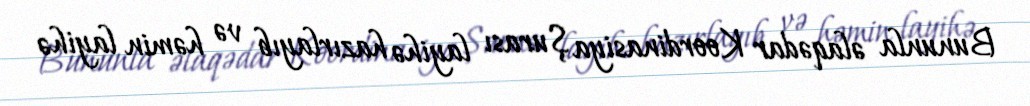
Bununla əlaqədar Koordinasiya Şurası layihə hazırlayıb və həmin layihə